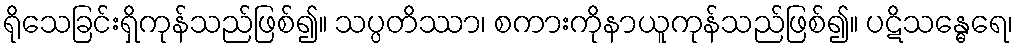
ရိုသေခြင်းရှိကုန်သည်ဖြစ်၍။ သပ္ပတိဿာ၊ စကားကိုနာယူကုန်သည်ဖြစ်၍။ ပဋိသန္ဓေရေ၊